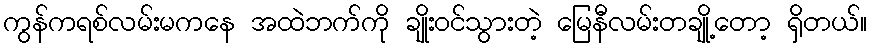
ကွန်ကရစ်လမ်းမကနေ အထဲဘက်ကို ချိုးဝင်သွားတဲ့ မြေနီလမ်းတချို့တော့ ရှိတယ်။